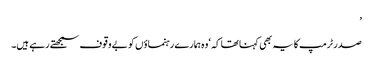
’
صدر ٹرمپ کا یہ بھی کہنا تھا کہ ‘وہ ہمارے رہنماؤں کو بےوقوف سمجھتے رہے ہیں۔